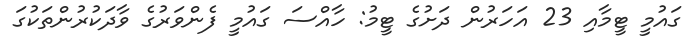
ގައުމީ ޓީމާއި 23 އަހަރުން ދަށުގެ ޓީމު: ހާއްސަ ގައުމީ ފެންވަރުގެ ވާދަކުރުންތަކުގަ